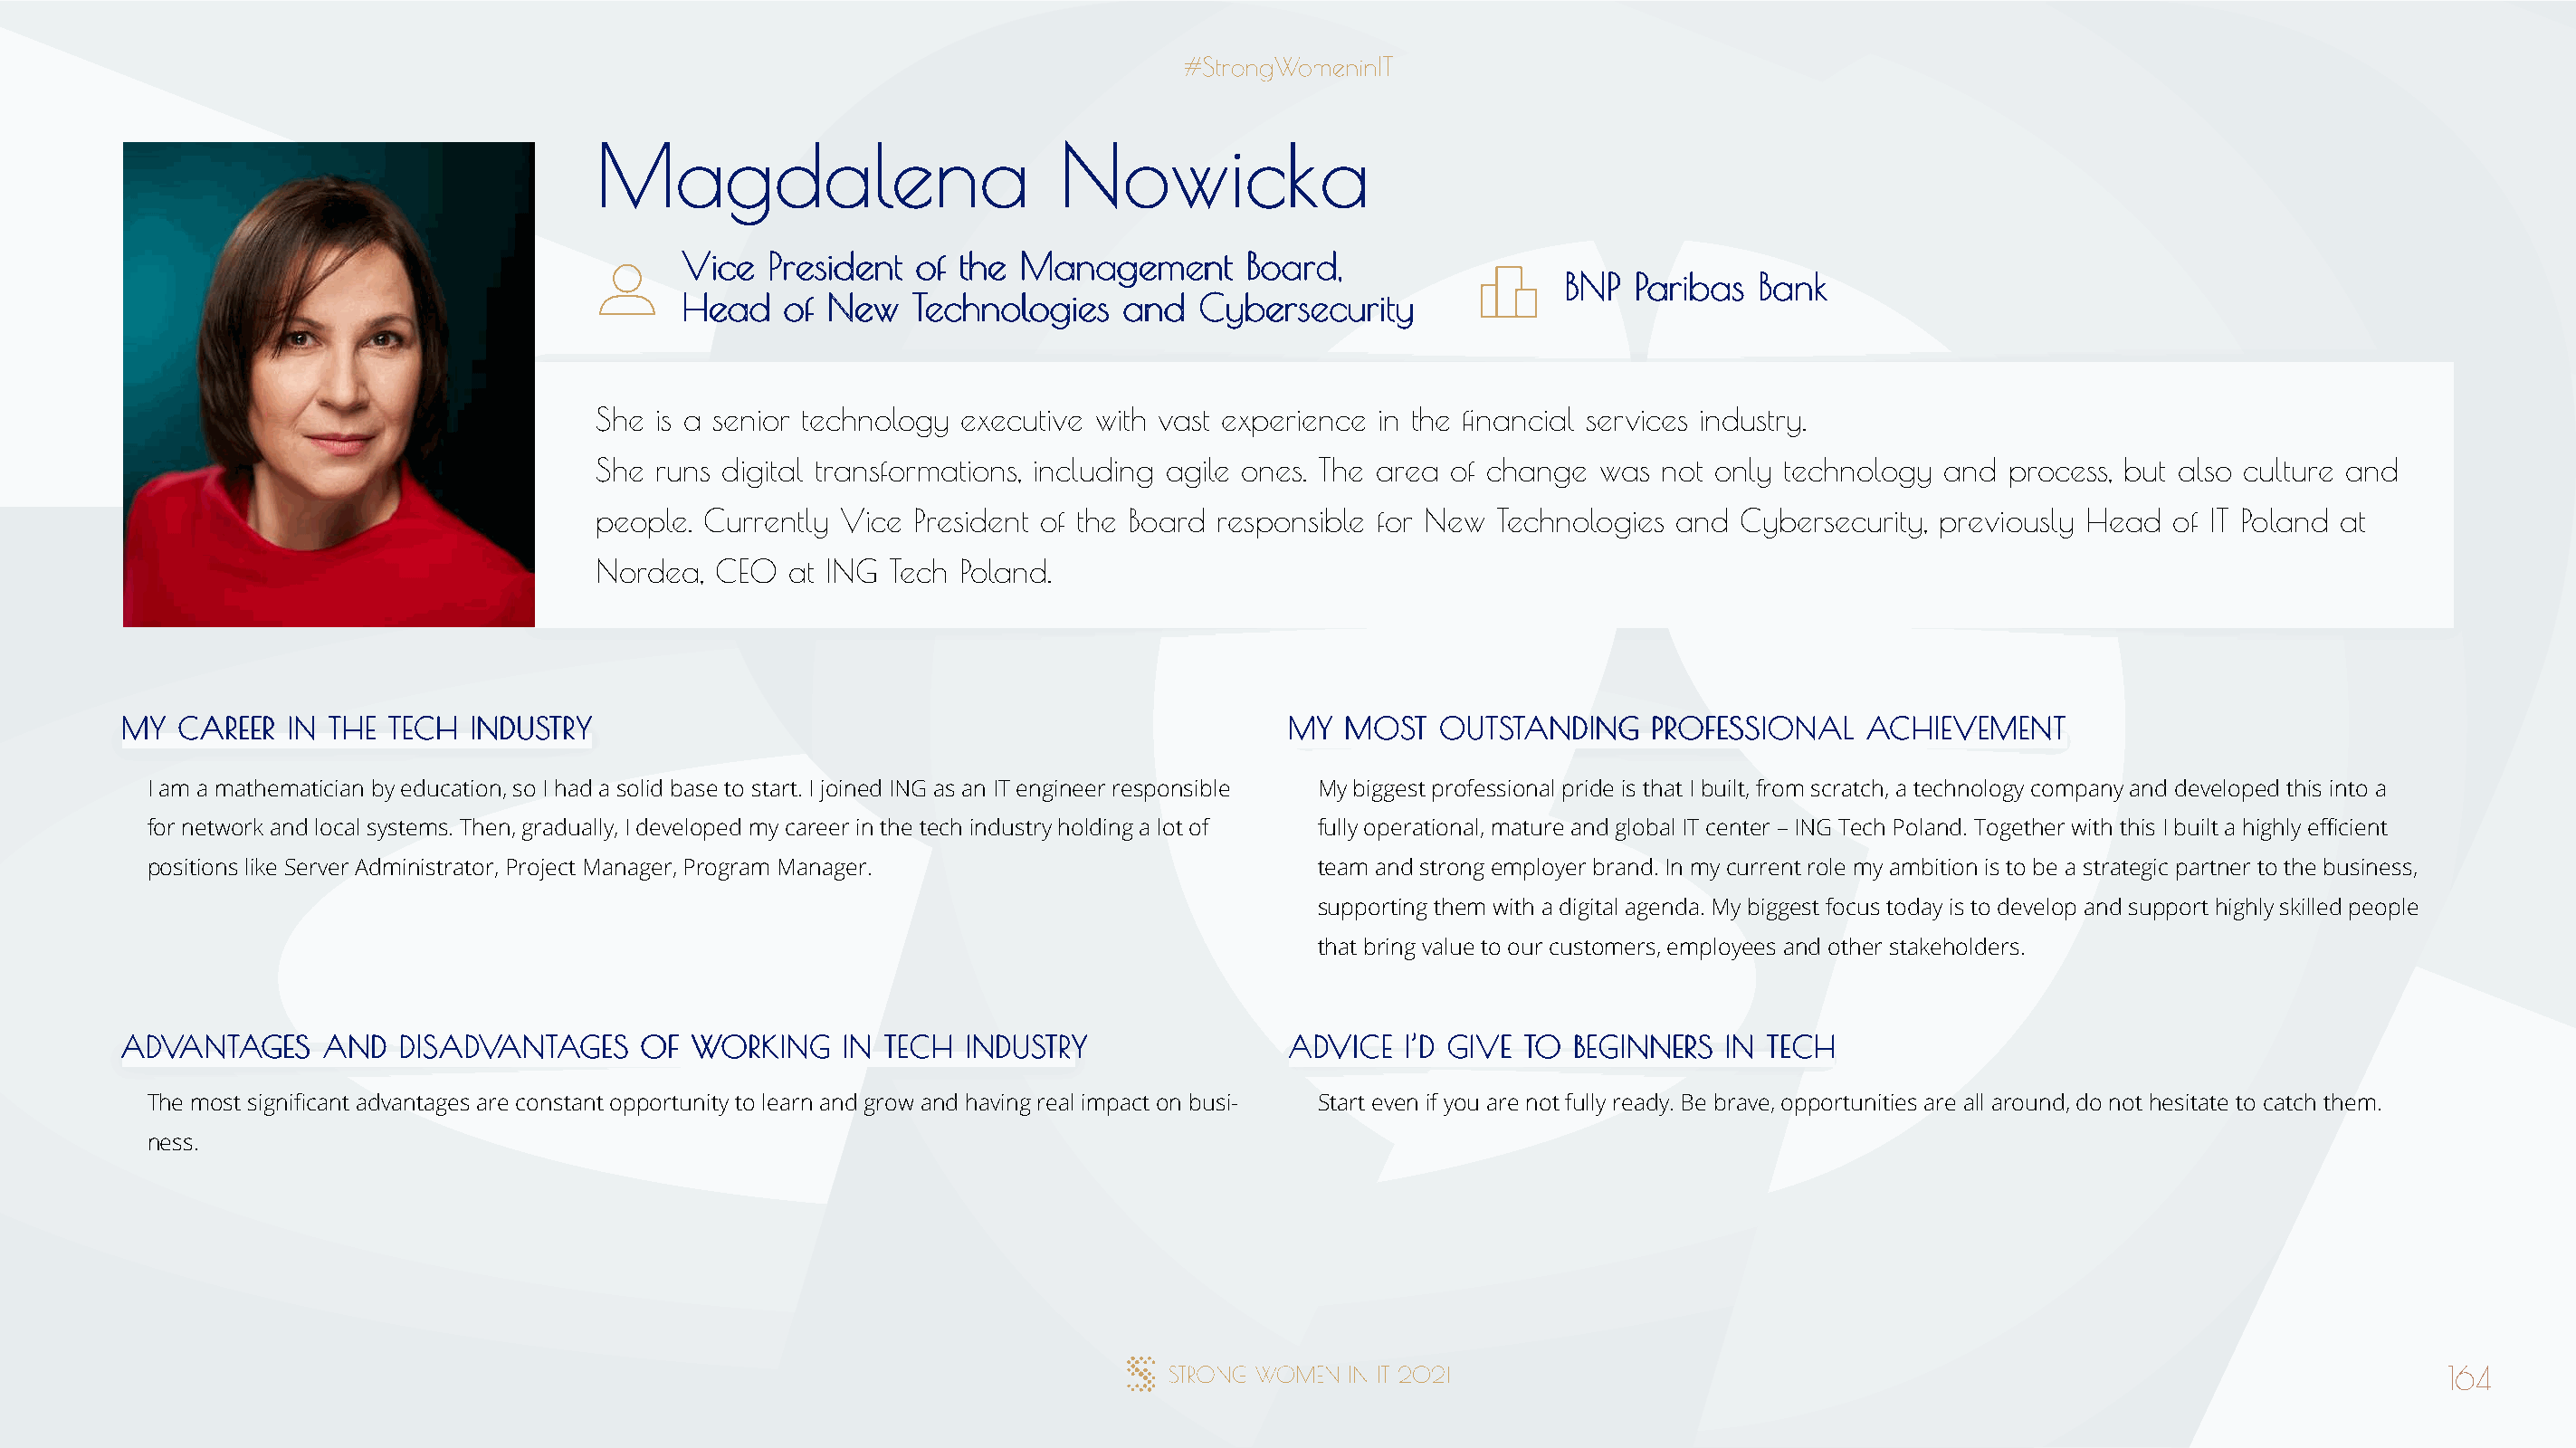
MMaaggddaalleennaa               NNoowwiicckkaa
 VViiccee PPrreessiiddeenntt ooff tthhee MMaannaaggeemmeenntt BBooaarrdd,,
 BBNNPP PPaarriibbaass BBaannkk
 HHeeaadd ooff NNeeww TTeecchhnnoollooggiieess aanndd CCyybbeerrsseeccuurriittyy
 She is a senior technology executive with vast experience in the financial services industry.
 She runs digital transformations, including agile ones. The area of change was not only technology and process, but also culture and
 people. Currently Vice President of the Board responsible for New Technologies and Cybersecurity, previously Head  of IT Poland at
 Nordea, CEO   at ING Tech Poland.
 MMYY CCAARREEEERR IINN TTHHEE TTEECCHH IINNDDUUSSTTRRYY                              MMYY MMOOSSTT OOUUTTSSTTAANNDDIINNGG PPRROOFFEESSSSIIOONNAALL AACCHHIIEEVVEEMMEENNTT
 I am a mathematician by education, so I had a solid base to start. I joined ING as an IT engineer responsible My biggest professional pride is that I built, from scratch, a technology company and developed this into a
 for network and local systems. Then, gradually, I developed my career in the tech industry holding a lot of fully operational, mature and global IT center – ING Tech Poland. Together with this I built a highly efficient
 positions like Server Administrator, Project Manager, Program Manager.               team and strong employer brand. In my current role my ambition is to be a strategic partner to the business,
 supporting them with a digital agenda. My biggest focus today is to develop and support highly skilled people
 that bring value to our customers, employees and other stakeholders.
 AADDVVAANNTTAAGGEESS AANNDD DDIISSAADDVVAANNTTAAGGEESS OOFF WWOORRKKIINNGG IINN TTEECCHH IINNDDUUSSTTRRYY AADDVVIICCEE II’’DD GGIIVVEE TTOO BBEEGGIINNNNEERRSS IINN TTEECCHH
 The most significant advantages are constant opportunity to learn and grow and having real impact on busi- Start even if you are not fully ready. Be brave, opportunities are all around, do not hesitate to catch them.
 ness.
 164